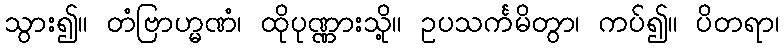
သွား၍။ တံဗြာဟ္မဏံ၊ ထိုပုဏ္ဏားသို့။ ဥပသင်္ကမိတွာ၊ ကပ်၍။ ပိတရာ၊